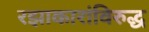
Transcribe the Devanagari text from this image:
रझाकारांविरुद्ध